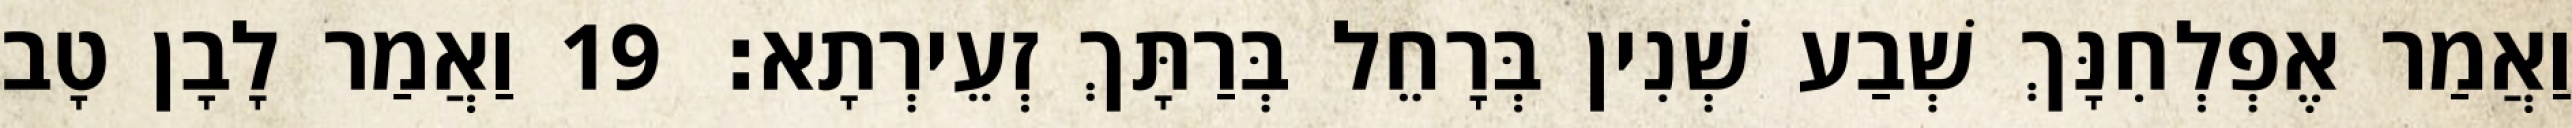
וַאֲמַר אֶפְלְחִנָּךְ שְׁבַע שְׁנִין בְּרָחֵל בְּרַתָּךְ זְעֵירְתָא׃ 19 וַאֲמַר לָבָן טָב